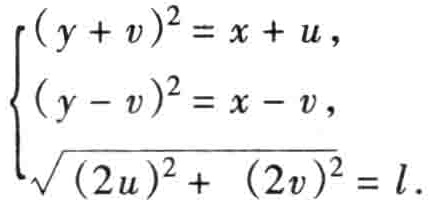
\[\begin{cases}

(y + v)^2 = x + u,\\

(y - v)^2 = x - v,\\

\sqrt{(2u)^2 + (2v)^2} = l.

\end{cases}\]